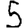
Digit: 5